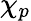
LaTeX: \chi_{p}